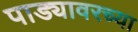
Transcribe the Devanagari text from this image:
पाड्यावरच्या